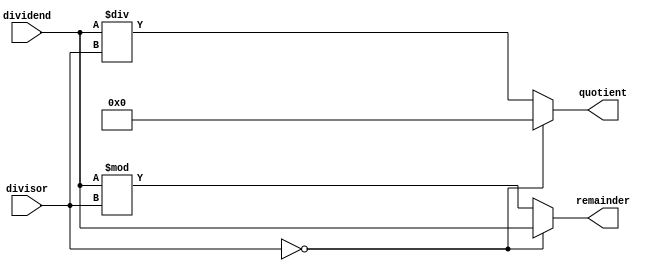
module async_divider (
  input wire [7:0] dividend,  // input dividend
  input wire [7:0] divisor,   // input divisor
  output reg [7:0] quotient,  // output quotient
  output reg [7:0] remainder  // output remainder
);

always @(*) begin
  if(divisor == 8'h00) begin
    // handle divide by zero case
    quotient <= 8'h00;
    remainder <= dividend;
  end else begin
    // perform division operation
    quotient <= dividend / divisor;
    remainder <= dividend % divisor;
  end
end

endmodule